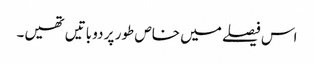
اس فیصلے میں خاص طور پر دو باتیں تھیں۔